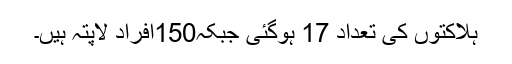
ہلاکتوں کی تعداد 17 ہوگئی جبکہ150افراد لاپتہ ہیں۔